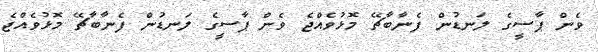
ވެން ޕާސީގެ ލަނޑުން ފެނާބާޗޭ މޮޅުވެއްޖެ ވެން ޕާސީގެ ލަނޑުން ފެނާބާޗޭ މޮޅުވެއްޖެ